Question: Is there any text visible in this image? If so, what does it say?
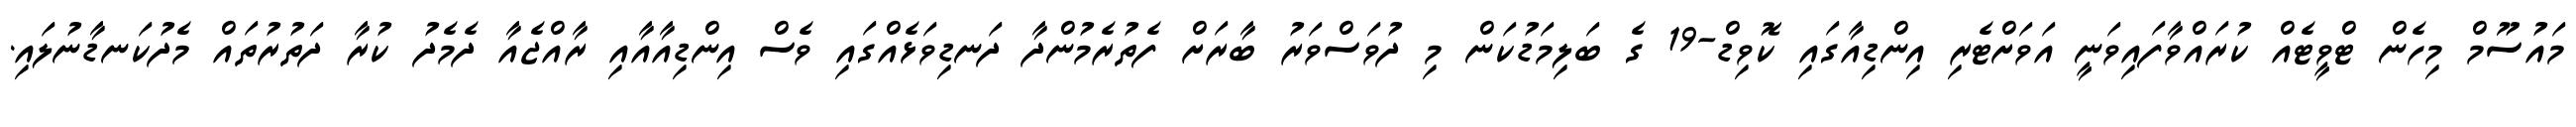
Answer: މައުސޫމް މިހެން ޓްވީޓެއް ކުރައްވާފައިވަނީ އަވަށްޓެރި އިންޑިއާގައި ކޮވިޑް-19 ގެ ބަލިމަޑުކަން މި ދުވަސްވަރު ބާރަށް ފެތުރެމުންދާ ދަނޑިވަޅެއްގައި ވެސް އިންޑިއާއާއި ރާއްޖެއާ ދެމެދު ކުރާ ދަތުރުތައް މެދުކަނޑާނުލައި.